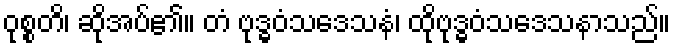
ဝုစ္စတိ၊ ဆိုအပ်၏။ တံ ဗုဒ္ဓဝံသဒေသနံ၊ ထိုဗုဒ္ဓဝံသဒေသနာသည်။